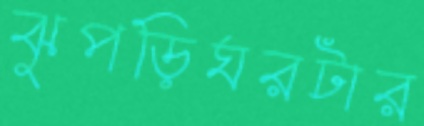
ঝুপড়িঘরটার